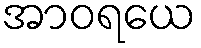
အာဝရယေ